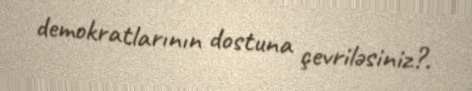
demokratlarının dostuna çevriləsiniz?.